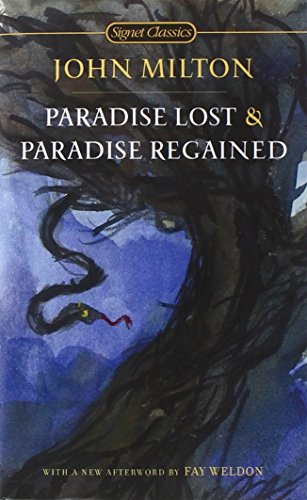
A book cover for Paradise Lost and Paradise Regained (Signet Classics); John Milton; Christian Books & Bibles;